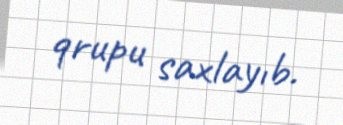
qrupu saxlayıb.